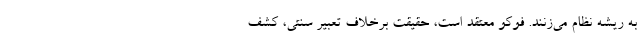
به ریشه نظام می‌زنند. فوکو معتقد است، حقیقت برخلاف تعبیر سنتی، کشف